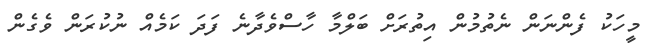
މީހަކު ފެންނަން ނެތުމުން އިތުރަށް ބަލްމާ ހާސްވެދާނެ ފަދަ ކަމެއް ނުކުރަން ވެގެން